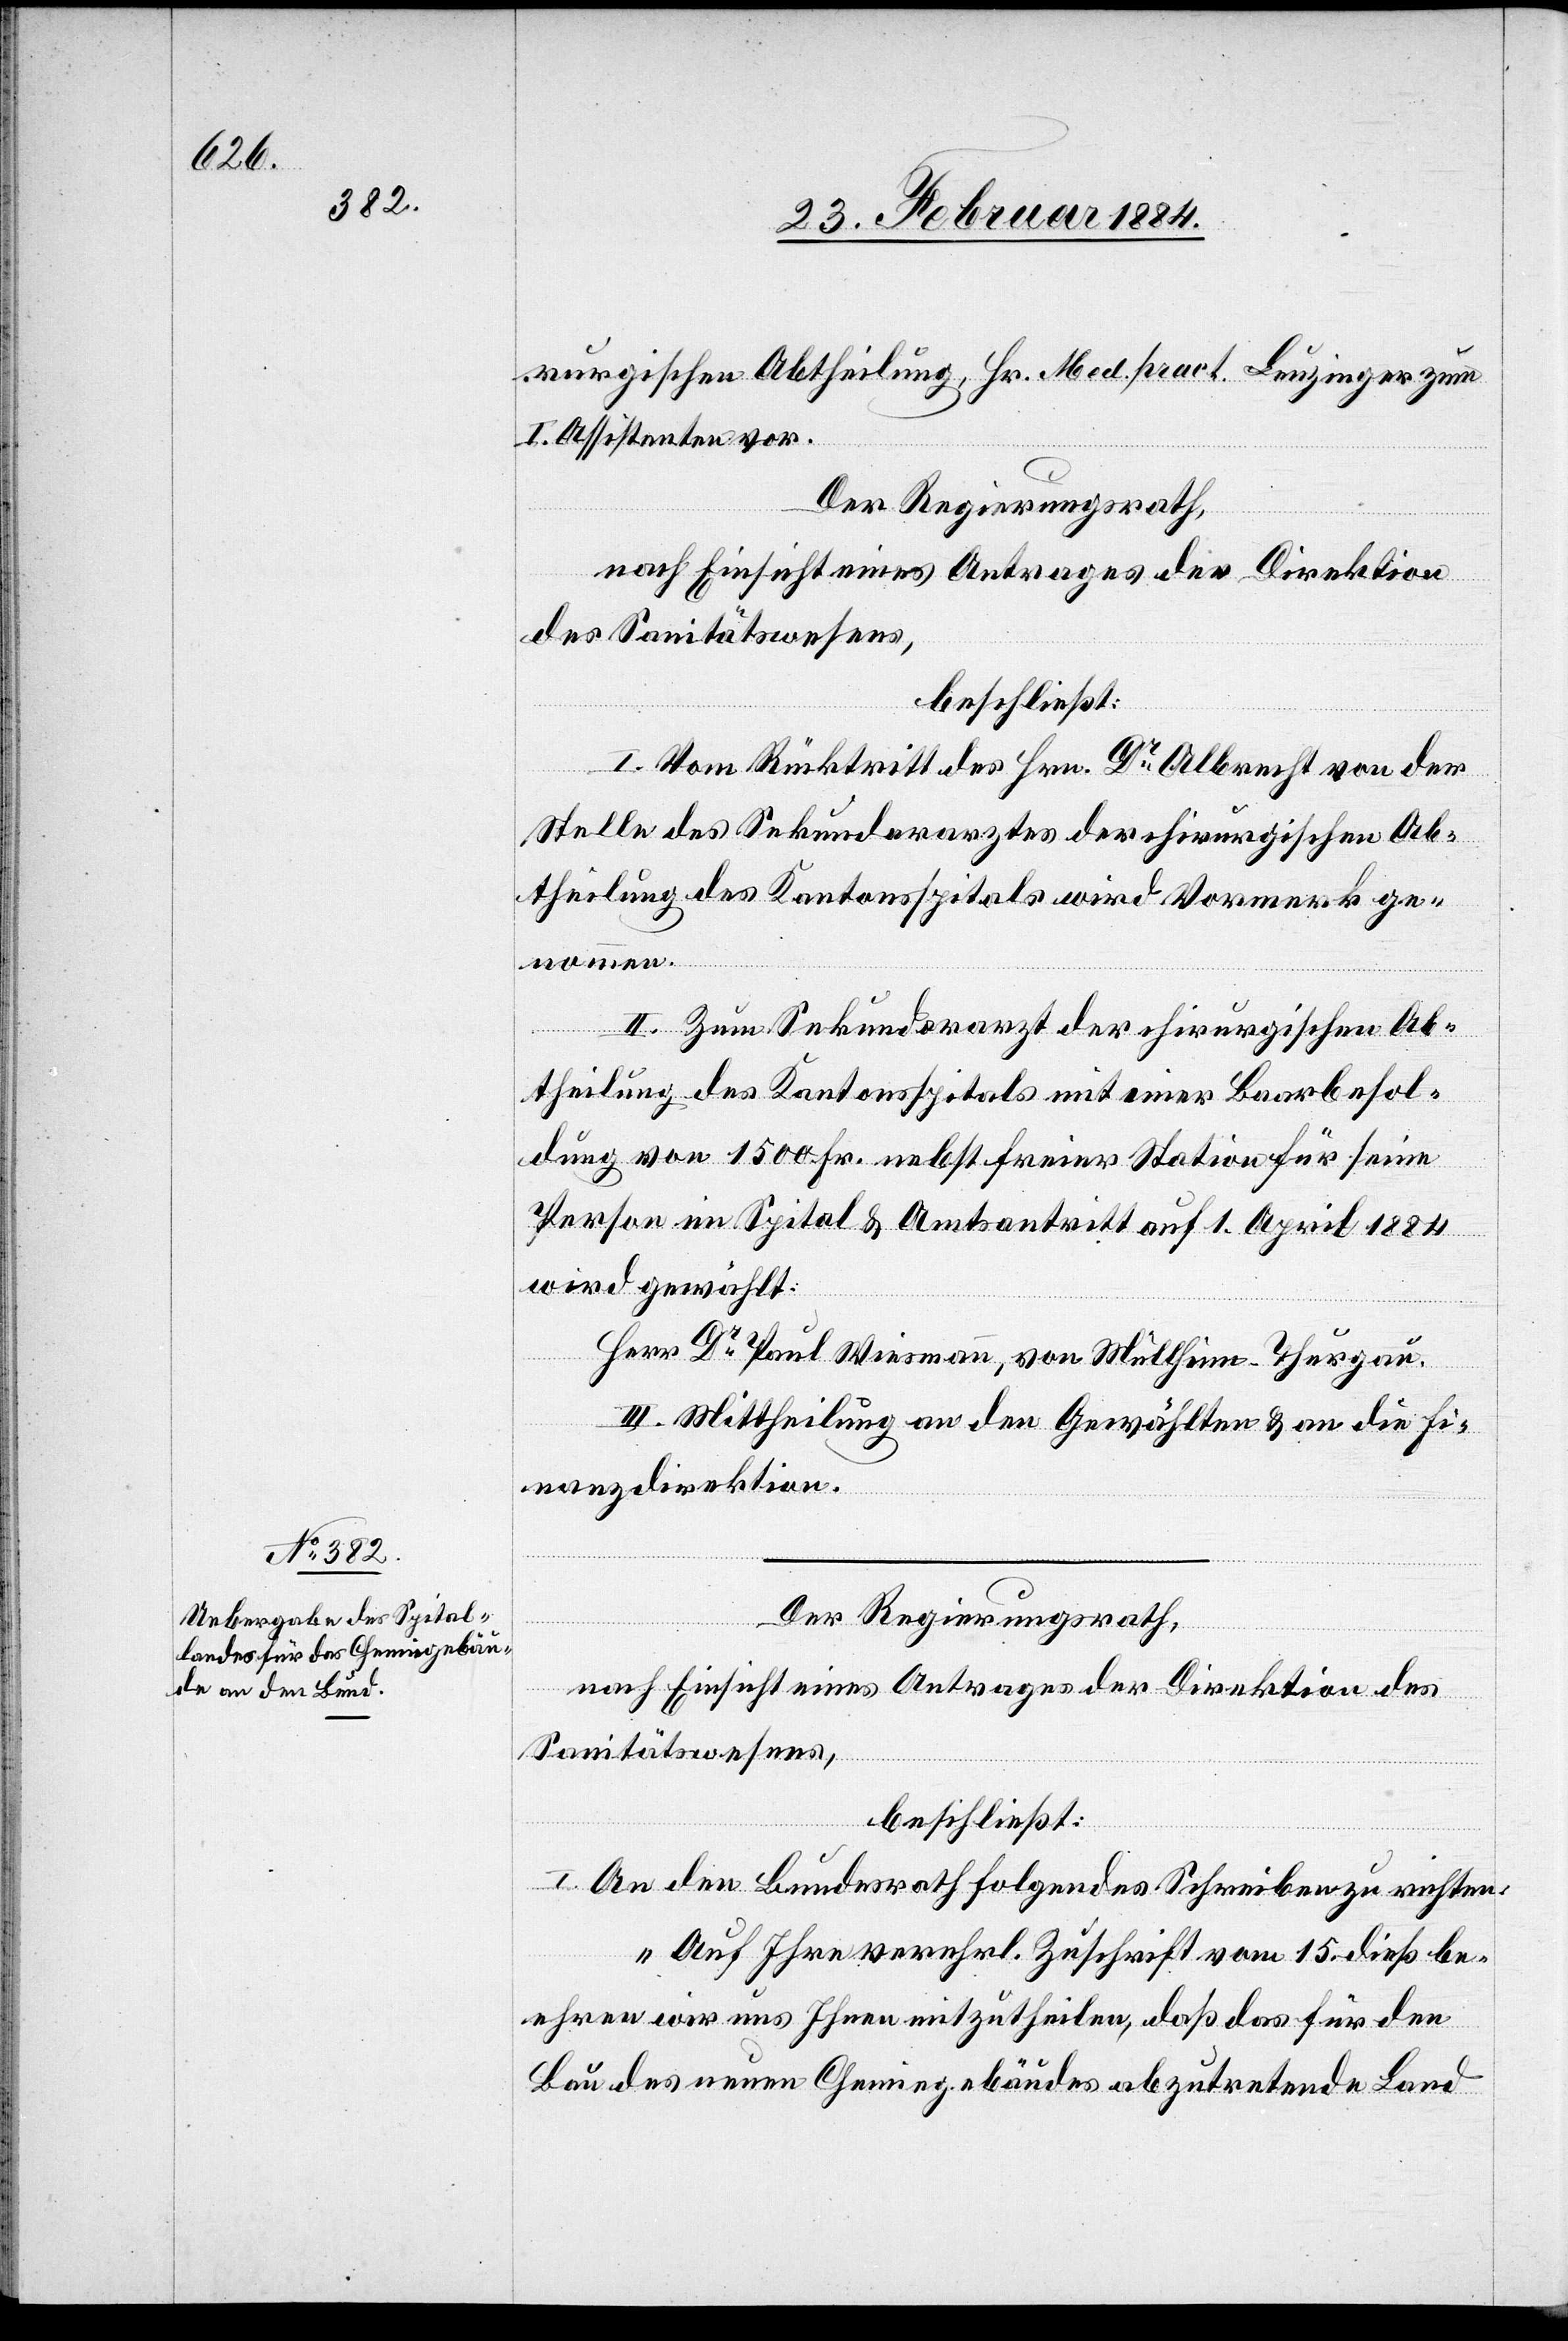
rurgischen Abtheilung, Hr. Med. pract. Leuzinger zum
I. Assistenten vor.
Der Regierungsrath,
nach Einsicht eines Antrages der Direktion
des Sanitätswesens,
beschließt:
I. Vom Rücktritt des Hrn. Dr Albrecht von der
Stelle des Sekundararztes der chirurgischen Ab¬
theilung des Kantonsspitals wird Vormerk ge¬
nommen.
II. Zum Sekundararzt der chirurgischen Ab¬
theilung des Kantonsspitals mit einer Baarbesol¬
dung von 1500 Fr. nebst freier Station für seine
Person im Spital & Amtsantritt auf 1. April 1884
wird gewählt:
Herr Dr Paul Weismann, von Müllheim - Thurgau.
III. Mittheilung an den Gewählten & an die Fi¬
nanzdirektion.
Der Regierungsrath,
nach Einsicht eines Antrages der Direktion des
Sanitätswesens,
beschließt:
I. An den Bundesrath folgendes Schreiben zu richten:
„Auf Ihre verehrl. Zuschrift vom 15. dieß be¬
ehren wir uns Ihnen mitzutheilen, daß das für den
Bau des neuen Chemiegebäudes abzutretende Land